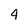
Character: 4